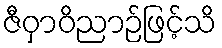
ဇီဝှာဝိညာဉ်ဖြင့်သိ